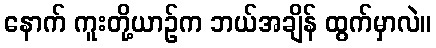
နောက် ကူးတို့ယာဉ်က ဘယ်အချိန် ထွက်မှာလဲ။